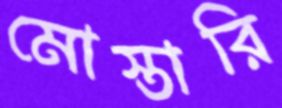
মোস্তারি